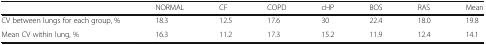
<table><thead><tr><td></td><td><b>NORMAL</b></td><td><b>CF</b></td><td><b>COPD</b></td><td><b>cHP</b></td><td><b>BOS</b></td><td><b>RAS</b></td><td><b>Mean</b></td></tr></thead><tbody><tr><td>CV between lungs for each group, %</td><td>18.3</td><td>12.5</td><td>17.6</td><td>30</td><td>22.4</td><td>18.0</td><td>19.8</td></tr><tr><td>Mean CV within lung, %</td><td>16.3</td><td>11.2</td><td>17.3</td><td>15.2</td><td>11.9</td><td>12.4</td><td>14.1</td></tr></tbody></table>